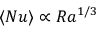
\langle N u \rangle \propto R a ^ { 1 / 3 }